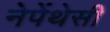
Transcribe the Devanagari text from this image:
नेपेंथेसी